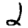
Digit: 2